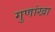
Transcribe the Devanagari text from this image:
गुणांखा